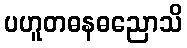
ပဟူတဓနဓညောသိ